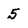
Character: 5